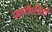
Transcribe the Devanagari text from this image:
ज्योमोयो